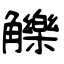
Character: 觻